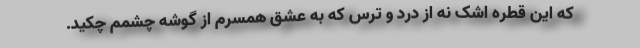
که این قطره اشک نه از درد و ترس که به عشق همسرم از گوشه چشمم چکید.